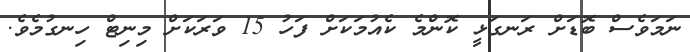
ނަމަވެސް ބޮޑަށް ރަނގަޅީ ކޮންމެ ކެއުމަކަށް ފަހު 15 ވަރަކަށް މިނިޓް ހިނގުމެވެ.